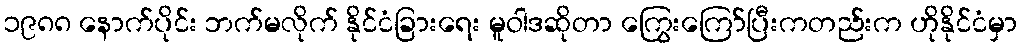
၁၉၈၈ နောက်ပိုင်း ဘက်မလိုက် နိုင်ငံခြားရေး မူဝါဒဆိုတာ ကြွေးကြော်ပြီးကတည်းက ဟိုနိုင်ငံမှာ